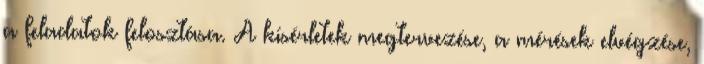
a feladatok felosztása. A kísérletek megtervezése, a mérések elvégzése,